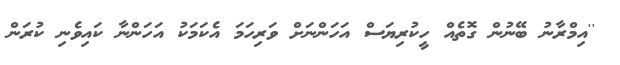
''އިމްރާނު ބޭނުން ގޮތެއް ހީކުރިޔަސް އަހަންނަށް ވަރިހަމަ އެކަމަކު އަހަންނާ ކައިވެނި ކުރަން